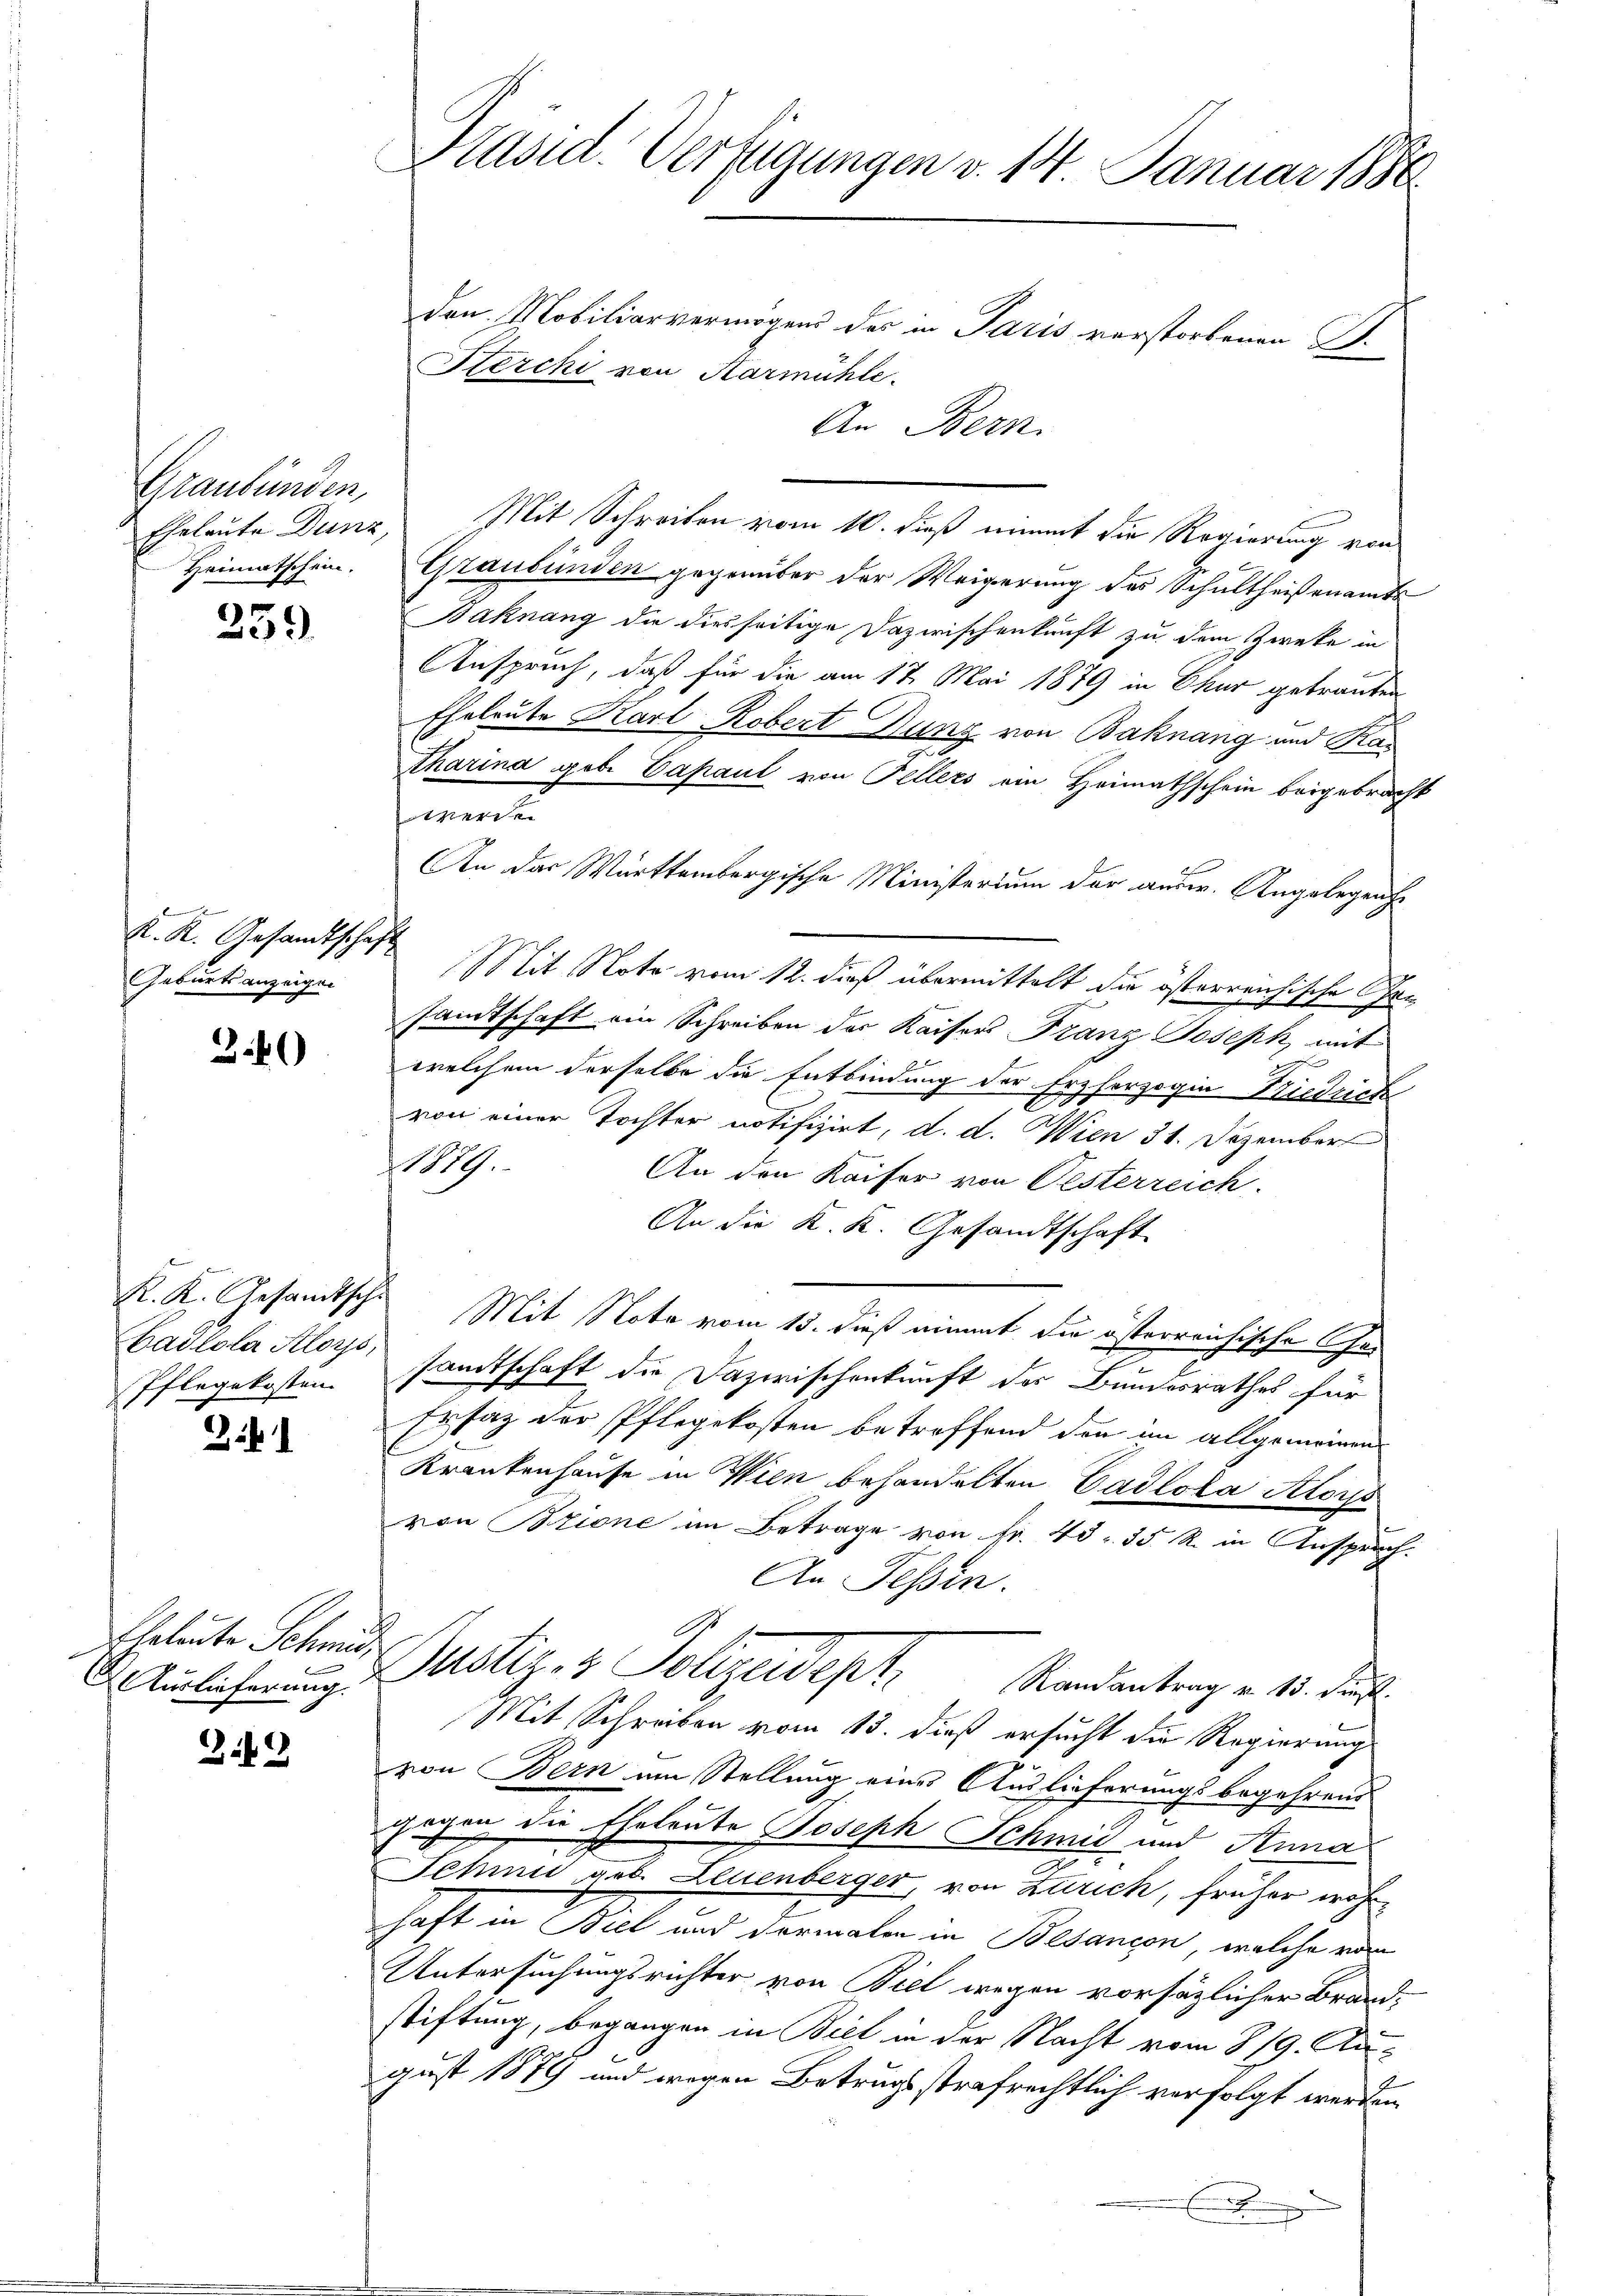
Graubünden,
Heimatschein.

259

K. K. Gesandtschaft
Geburtsanzeigen

Zib

R. K. Gesandtsche
Pflegekosten

341

Eheleute Schmid
Auslieferung.

i

den Mobiliarvermögens des in Paris verstorbenen B.
Sterchi von Harmühle.
Eheleute Dunz Mit Schreiben vom 10. dieß nimmt die Regierung von
Graubünden gegenüber der Weigerung des Schultheisenamts
Baknang die diesseitige Dazwischenkunft zu dem Zweke in
Anspruch, daß für die am 17. Mai 1879 in Chur getrauten
Eheleute Karl Robert Rung von Bahnang und Kas
tharina gebe Capaul von Tellers ein Heimathschein beigebracht
e
An das Württembergische Ministerium der ausw. Angelegenhe
Mit Note vom 12. dieß übermittelt die österreichische Gesandtschaft ein Schreiben der Kaisers Franz Joseph, mit
x
welchem derselbe die Entbindung der Erzherzogin Niedrich
von einer Tochter notifizirt, d. d. Wien 31. Dezember
1879.
An den Kaiser von Oesterreich
An die K. K. Gesandtschaft
Mit Note vom 15. dieß nimmt die österreichische Ge¬
Cadlola Aloys, sandtschaft die Dazwischenkunft des Bundesrathes für
Ersatz der Pflegekosten betreffend den im allgemeinen
Krankenhause in Wien behandelten Cadlola Aloys
von Bzione im Betrage von Fr. 40. 35 R. in Anspruch.
An Tessin.
Justiz & Polizeidept
Randantrag v. 15. Fuß.
Mit Schreiben vom 13. dieß ersucht die Regierung
von Bern am Stellung eines Auslieferungsbegehrens
gegen die Eheleute Joseph Schmid und Anna
Schmid geb. Leuenberger, von Zürich, früher wahrhaft in Biel und dermalen in Besançon, welche von
Untersuchungsrichter von Biel wegen vorsätzlicher Brandstiftung, begangen in Biel in der Nacht vom 8/9. August 1879 und wegen Betrugsstrafrechtlich verfolgt werden,

Präsid. Verfügungen v. 14 Januar 1880

An Bern.